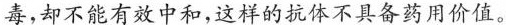
毒，却不能有效中和,这样的抗体不具备药用价值。